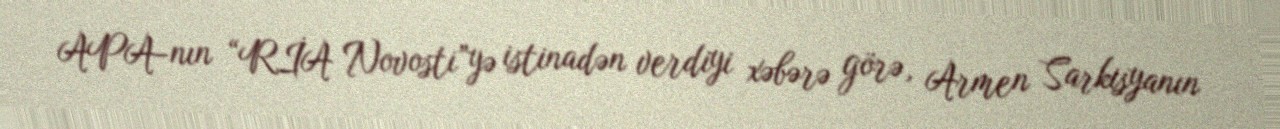
APA-nın “RİA Novosti”yə istinadən verdiyi xəbərə görə, Armen Sarkisyanın